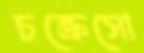
চক্রেসো